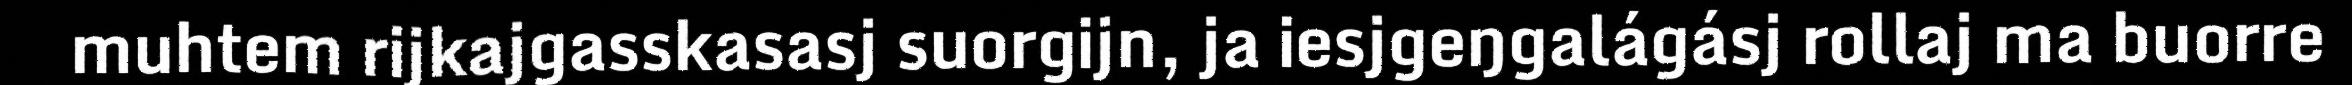
muhtem rijkajgasskasasj suorgijn, ja iesjgeŋgalágásj rollaj ma buorre